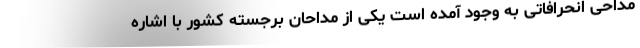
مداحی انحرافاتی به وجود آمده است یکی از مداحان برجسته کشور با اشاره